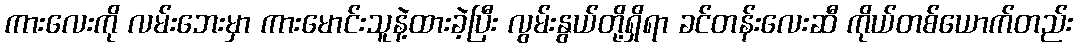
ကားလေးကို လမ်းဘေးမှာ ကားမောင်းသူနဲ့ထားခဲ့ပြီး လွမ်းနွယ်တို့ရှိရာ ခင်တန်းလေးဆီ ကိုယ်တစ်ယောက်တည်း